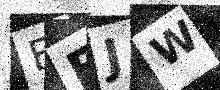
Text: BEJW